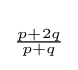
\scriptstyle {\frac {p+2q}{p+q}}